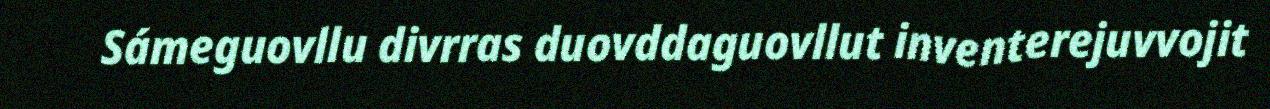
Sámeguovllu divrras duovddaguovllut inventerejuvvojit